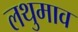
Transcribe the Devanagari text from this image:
लथुमाव